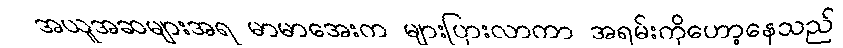
အယူအဆများအရ မာမာအေးက များပြားလာကာ အရမ်းကိုဟော့နေသည်